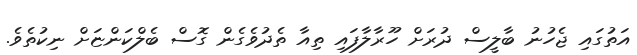
އަތުގައި ޖެހުނު ބާލީސް ދުރަށް ހޫރާލާފައި ތިއާ ތެދުވެގެން ގޮސް ބެލްކަންޏަށް ނިކުތެވެ.